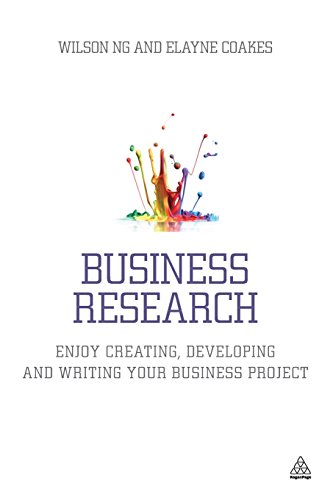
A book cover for Business Research: Enjoy Creating, Developing and Writing Your Business Project; Wilson Ng; Business & Money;